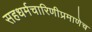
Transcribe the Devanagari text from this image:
सहधर्मचारिणीप्रमाणेच